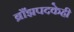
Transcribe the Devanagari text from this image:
ब्राँझपदकेही